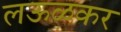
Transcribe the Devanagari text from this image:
लऊळकर